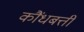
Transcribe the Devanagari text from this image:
कौंधबत्ती